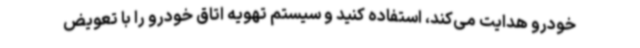
خودرو هدایت می‌کند، استفاده کنید و سیستم تهویه اتاق خودرو را با تعویض